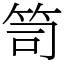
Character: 笥